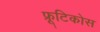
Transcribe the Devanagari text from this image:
फ्रूटिकोस